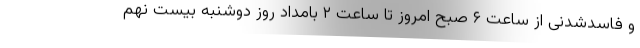
و فاسدشدنی از ساعت ۶ صبح امروز تا ساعت ۲ بامداد روز دوشنبه بیست نهم